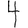
Digit: 4